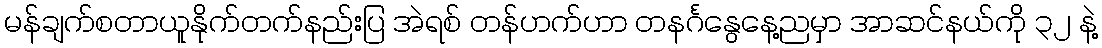
မန်ချက်စတာယူနိုက်တက်နည်းပြ အဲရစ် တန်ဟက်ဟာ တနင်္ဂနွေနေ့ညမှာ အာဆင်နယ်ကို ၃၂ နဲ့